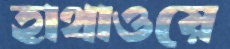
হাথাওয়ে